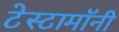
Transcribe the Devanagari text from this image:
टेस्टामॉनी